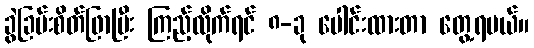
ခွဲခြမ်းစိတ်ဖြာပြီး ကြည့်လိုက်ရင် ၈-ခု ပေါင်းထားတာ တွေ့ရမယ်။